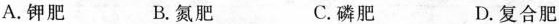
A.钾肥 B.氮肥 C.磷肥 D.复合肥